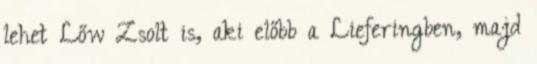
lehet Lőw Zsolt is, aki előbb a Lieferingben, majd